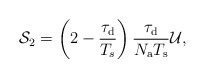
\begin{align*}\mathcal{S}_2=\left(2-\frac{\tau_{\rm d}}{T_s}\right)\frac{\tau_{\rm d}}{N_{\rm a}T_{\rm s}}\mathcal{U},\end{align*}